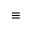
\equiv